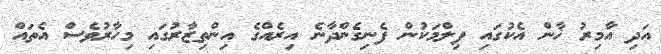
އަދި އާމިރު ޚާން އެކުގައި ފިލްމަކުން ފެނިގެންދާނެ އިރެއްގެ އިންތިޒާރުގައި މިހާރުވެސް އެތައް